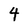
Character: 4